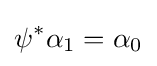
\psi ^{*}\alpha _{1}=\alpha _{0}